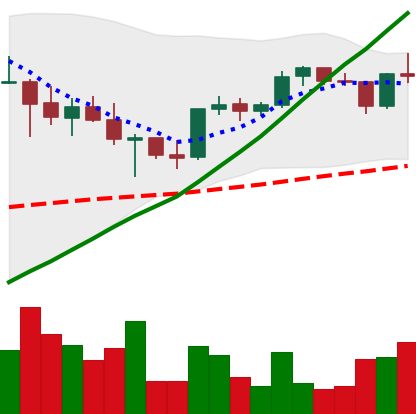
Ticker: XRP-USD
Chart end date: 2021-05-06
Forward return: -7.678%
Label: down_7plus